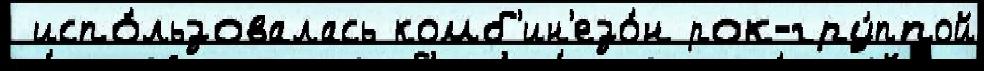
 испо́льзовалась комб'ин'езо́н рок-гру́ппой